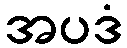
အပဒံ